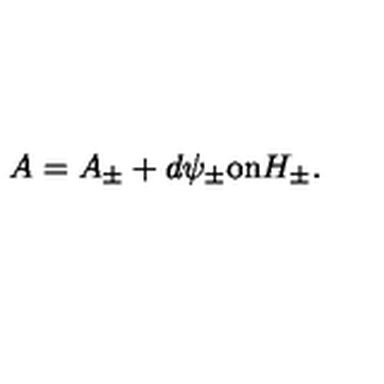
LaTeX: A = A _ { \pm } + d \psi _ { \pm } \mathrm { o n } H _ { \pm } .